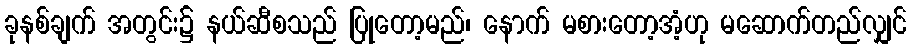
ခုနစ်ချက် အတွင်း၌ နယ်ဆီစသည် ပြုတော့မည်၊ နောက် မစားတော့အံ့ဟု မဆောက်တည်လျှင်